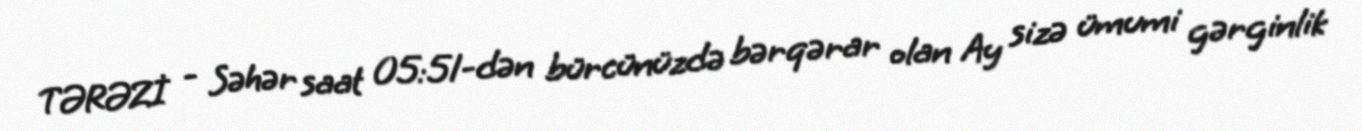
TƏRƏZİ - Səhər saat 05:51-dən bürcünüzdə bərqərar olan Ay sizə ümumi gərginlik